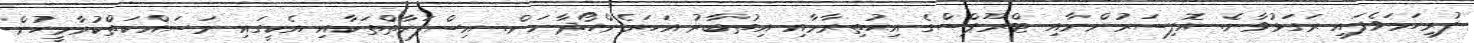
ފުރިހަމަވެފައި ރަގަޅުވާނެ. އޮފިސަރުންނާއި ޓްރޫޕްސްގެ އިޙުތިރާމާއި އިތުބާރު އަހަރެންހޯދާނަން. އިސްފަރާތްތަކާއި އެކީގައި މަސައްކަތްކުރާމީހުން